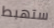
ستهبط